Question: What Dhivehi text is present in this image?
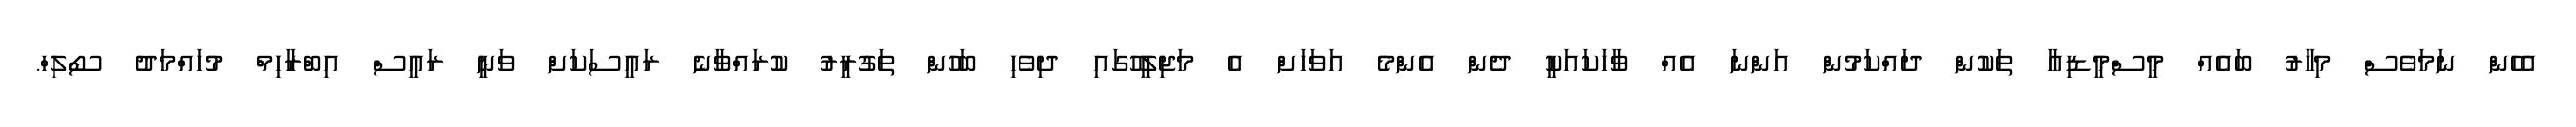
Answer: އެހެން ނަމަވެސް މިހާރު ބައެއް މީސްމީޑިއާ ތަކުން ދައްކަމުން އަންނަ އެއް ވާހަކައަކީ ދެން އެންމެ އަވަހަށް އެ މަޖިލީހުގައި ދިވެހި ބަހުން ތަގުރީރު ކުރައްވާނެ ރައީސަކަށް ވަނީ ރައީސް އިބްރާހިމް މުހައްމަދު ސޯލިހް.